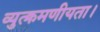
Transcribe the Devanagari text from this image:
व्युत्क्रमणीयता।